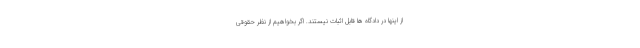
از اینها در دادگاه ها قابل اثبات نیستند. اگر بخواهیم از نظر حقوقی